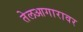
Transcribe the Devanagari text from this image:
तेलआगारावर